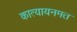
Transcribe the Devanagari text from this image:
कात्यायनमत